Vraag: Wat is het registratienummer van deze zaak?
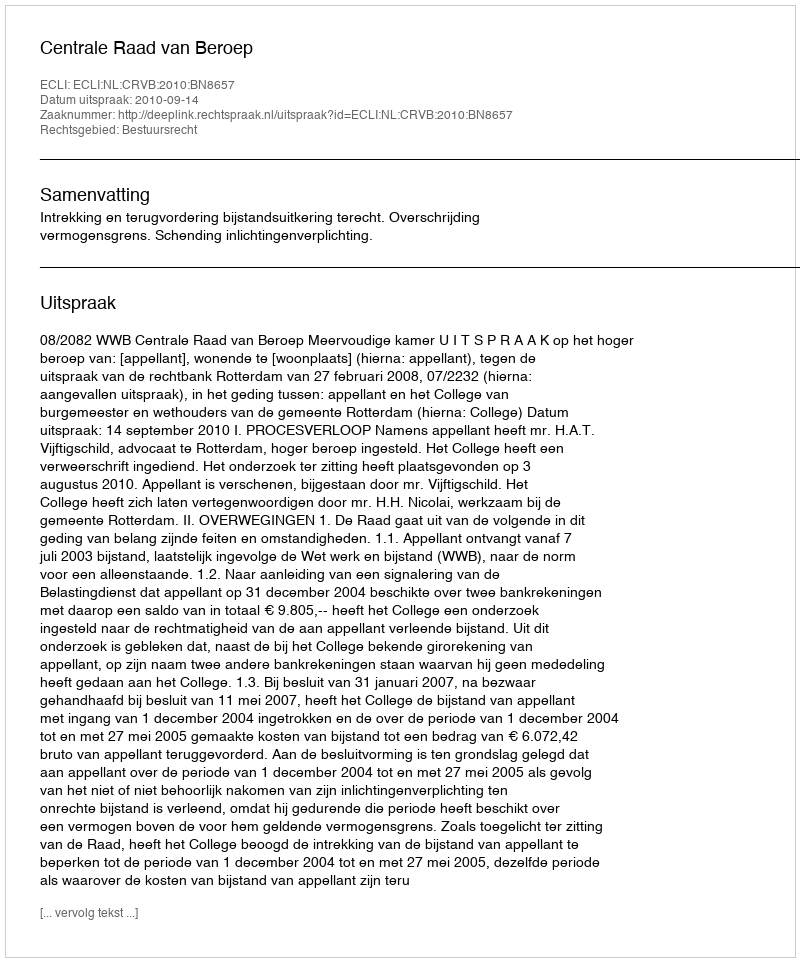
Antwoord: http://deeplink.rechtspraak.nl/uitspraak?id=ECLI:NL:CRVB:2010:BN8657